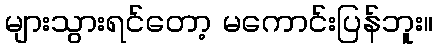
များသွားရင်တော့ မကောင်းပြန်ဘူး။